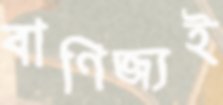
বাণিজ্যই